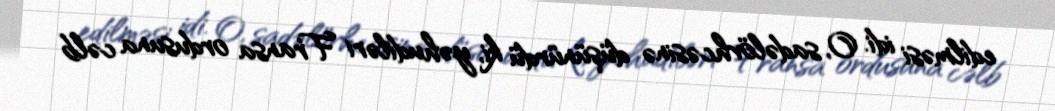
edilməsi idi. O, sadəlövhcəsinə düşünürdü ki, yəhudiləri Fransa ordusuna cəlb